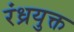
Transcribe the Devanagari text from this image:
रंध्रयुक्त